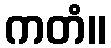
ကတံ။